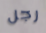
رجل